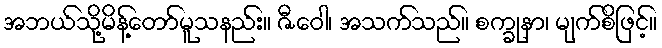
အဘယ်သို့မိန့်တော်မူသနည်း။ ဇီဝေါ၊ အသက်သည်။ စက္ခုနာ၊ မျက်စိဖြင့်။